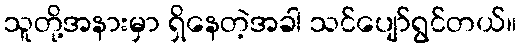
သူတို့အနားမှာ ရှိနေတဲ့အခါ သင်ပျော်ရွင်တယ်။